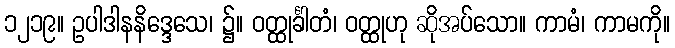
၁၂၁၉။ ဥပါဒါနနိဒ္ဒေသေ၊ ၌။ ဝတ္ထုင်္ခါတံ၊ ဝတ္ထုဟု ဆိုအပ်သော။ ကာမံ၊ ကာမကို။